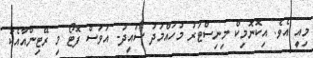
މިއީ އެވެ. އިކޮނޮމިކް މިނިސްޓަރު މުހައްމަދު ސައީދު- އަވަސް ފޮޓޯ މި ރޭޓިންއާއެކު